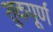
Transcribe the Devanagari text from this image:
शुकपूर्ण